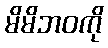
မိမိဘဝကို